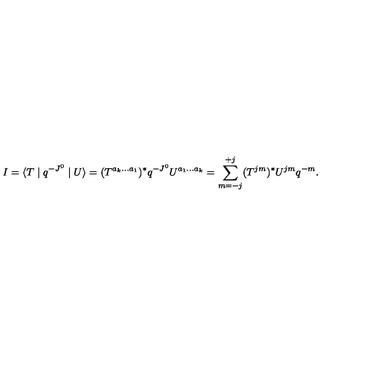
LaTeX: I = \langle T \mid q ^ { - J ^ { 0 } } \mid U \rangle = ( T ^ { a _ { k } . . . a _ { 1 } } ) ^ { \ast } q ^ { - J ^ { 0 } } U ^ { a _ { 1 } . . . a _ { k } } = \sum _ { m = - j } ^ { + j } ( T ^ { j m } ) ^ { \ast } U ^ { j m } q ^ { - m } .